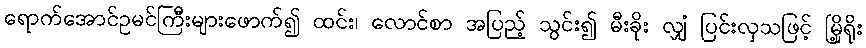
ရောက်အောင်ဥမင်ကြီးများဖောက်၍ ထင်း၊ လောင်စာ အပြည့် သွင်း၍ မီးခိုး လျှံ ပြင်းလှသဖြင့် မြို့ရိုး